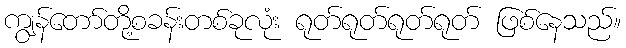
ကျွန်တော်တို့စခန်းတစ်ခုလုံး ရုတ်ရုတ်ရုတ်ရုတ် ဖြစ်နေသည်။